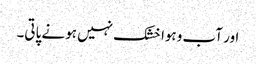
اور آب وہوا خشک نہیں ہونے پاتی۔